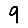
Digit: 9